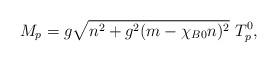
LaTeX: \begin{align*}M_p = g \sqrt{n^2 + g^2 (m - \chi_{B0} n)^2} ~T^0_p,\end{align*}